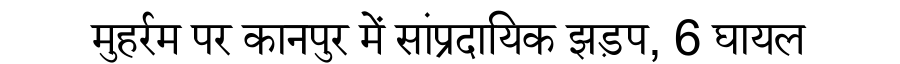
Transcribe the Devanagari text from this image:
मुहर्रम पर कानपुर में सांप्रदायिक झड़प, 6 घायल